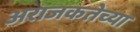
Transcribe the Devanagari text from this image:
अराजकतेच्या